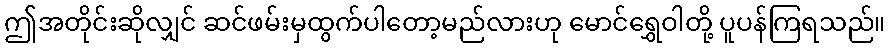
ဤအတိုင်းဆိုလျှင် ဆင်ဖမ်းမှထွက်ပါတော့မည်လားဟု မောင်ရွှေဝါတို့ ပူပန်ကြရသည်။